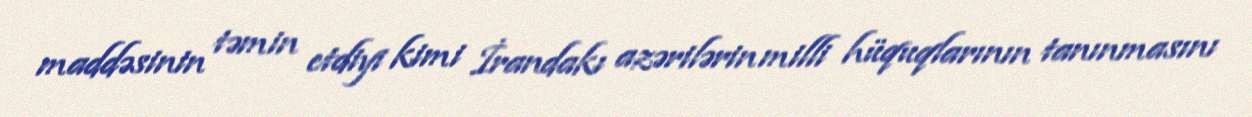
maddəsinin təmin etdiyi kimi İrandakı azərilərin milli hüquqlarının tanınmasını